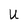
Character: u